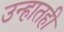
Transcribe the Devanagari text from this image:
उन्हातही